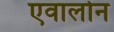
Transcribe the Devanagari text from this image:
एवालोन